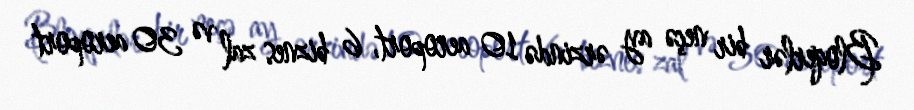
Bloqerlər bir neçə ay ərzində 10 aeroport, 6 biznes zal və 30 aeroport